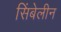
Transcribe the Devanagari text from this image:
सिंबेलीन